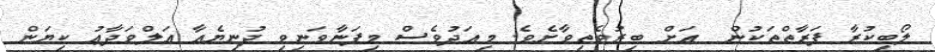
ލޯބިކުރާ ފަރާތްތަކުން  އަށް ބިރުވެތިވާށެވެ. މިއަދުވެސް މިފަނާވަނިވި ދުނިޔެއާ އަލްވަދާޢު ކިޔަން